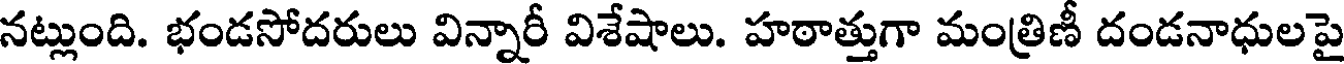
నట్లుంది. భండసోదరులు విన్నారీ విశేషాలు. హఠాత్తుగా మంత్రిణీ దండనాధులపై